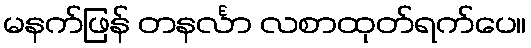
မနက်ဖြန် တနင်္လာ လစာထုတ်ရက်ပေ။